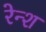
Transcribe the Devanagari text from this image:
रेन्श